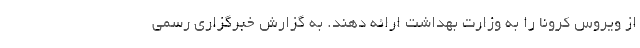
از ویروس کرونا را به وزارت بهداشت ارائه دهند. به گزارش خبرگزاری رسمی